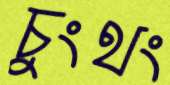
চুংথং